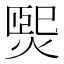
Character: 𤌇